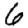
Digit: 6